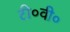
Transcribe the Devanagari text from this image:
टी०वी०